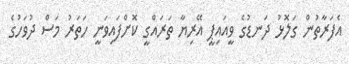
އެފަރާތުން ގަލޮޅު ދަނޑުގެ ވީއައިޕީ އޭރިޔާ ތަރައްގީ ކޮށްފައިވަނީ ހަތަރު މަސް ދުވަހުގެ